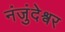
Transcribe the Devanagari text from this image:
नंजुंदेश्वर